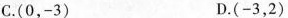
C. (0，-3) D. (-3，2)